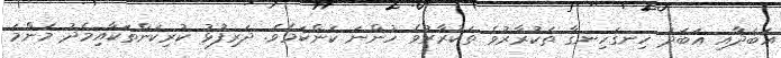
އަބަދާއި އަބަދު ހިނގަހިނގާ ތަކުރާރުވެ ތަކުރާރުވެ ހުންނަ ކަންކަމެވެ. ދަރިފުޅު ކުރިކަންތަކާއިމެދު މަންމަ